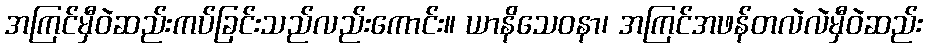
အကြင်မှီဝဲဆည်းကပ်ခြင်းသည်လည်းကောင်း။ ယာနိသေဝနာ၊ အကြင်အဖန်တလဲလဲမှီဝဲဆည်း